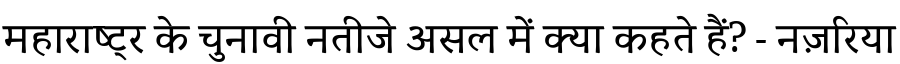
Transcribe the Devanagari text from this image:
महाराष्ट्र के चुनावी नतीजे असल में क्या कहते हैं? - नज़रिया